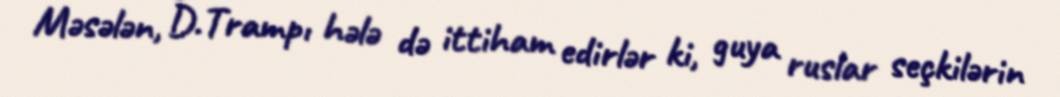
Məsələn, D.Trampı hələ də ittiham edirlər ki, guya ruslar seçkilərin